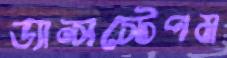
ড্যান্সস্টেপম